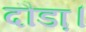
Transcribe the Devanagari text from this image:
दौडा़।